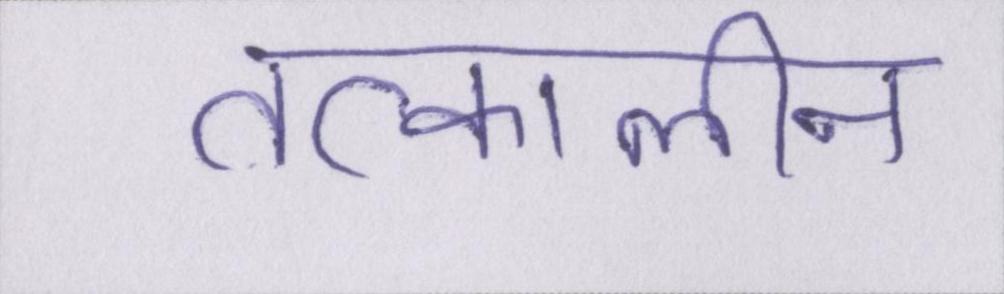
तत्कालीन